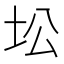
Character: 𱖍